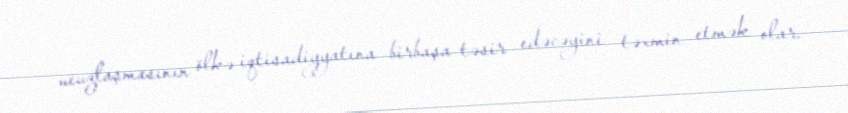
ucuzlaşmasının ölkə iqtisadiyyatına birbaşa təsir edəcəyini təxmin etmək olar.